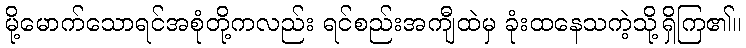
မို့မောက်သောရင်အစုံတို့ကလည်း ရင်စည်းအကျီထဲမှ ခုံးထနေသကဲ့သို့ရှိကြ၏။